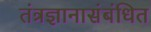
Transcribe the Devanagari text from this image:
तंत्रज्ञानासंबंधित